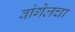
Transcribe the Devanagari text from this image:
वांगेलचा